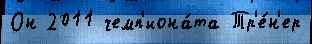
Он 2011 чемп'иона́та Тр'е́н'ер